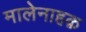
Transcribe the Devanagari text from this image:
मालेनाहक़